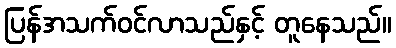
ပြန်အသက်ဝင်လာသည်နှင့် တူနေသည်။